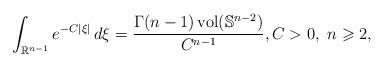
LaTeX: \begin{align*} \int_{\mathbb{R}^{n-1}}e^{-C|\xi|}\,d\xi = \frac{\Gamma(n-1)\operatorname{vol}(\mathbb{S}^{n-2})}{C^{n-1}},C>0,\ n\geqslant 2,\end{align*}